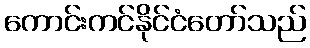
ကောင်းကင်နိုင်ငံတော်သည်